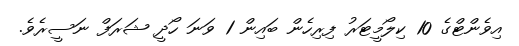
އިވެންޓްގެ 10 ކިލޯމީޓަރު ފިރިހެން ބައިން 1 ވަނަ ހޯދީ ޝަރަފް ނަސީރެވެ.